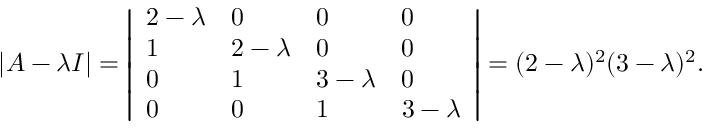
| A - \lambda I | = { \left| \begin{array} { l l l l } { 2 - \lambda } & { 0 } & { 0 } & { 0 } \\ { 1 } & { 2 - \lambda } & { 0 } & { 0 } \\ { 0 } & { 1 } & { 3 - \lambda } & { 0 } \\ { 0 } & { 0 } & { 1 } & { 3 - \lambda } \end{array} \right| } = ( 2 - \lambda ) ^ { 2 } ( 3 - \lambda ) ^ { 2 } .